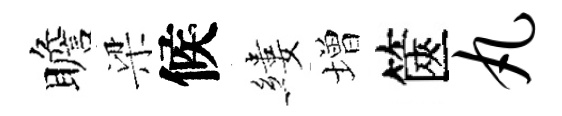
瞻梁候縷増篋丸